Vaccination in Bombay 1913-1923 - 1913-1923
Year: 1913
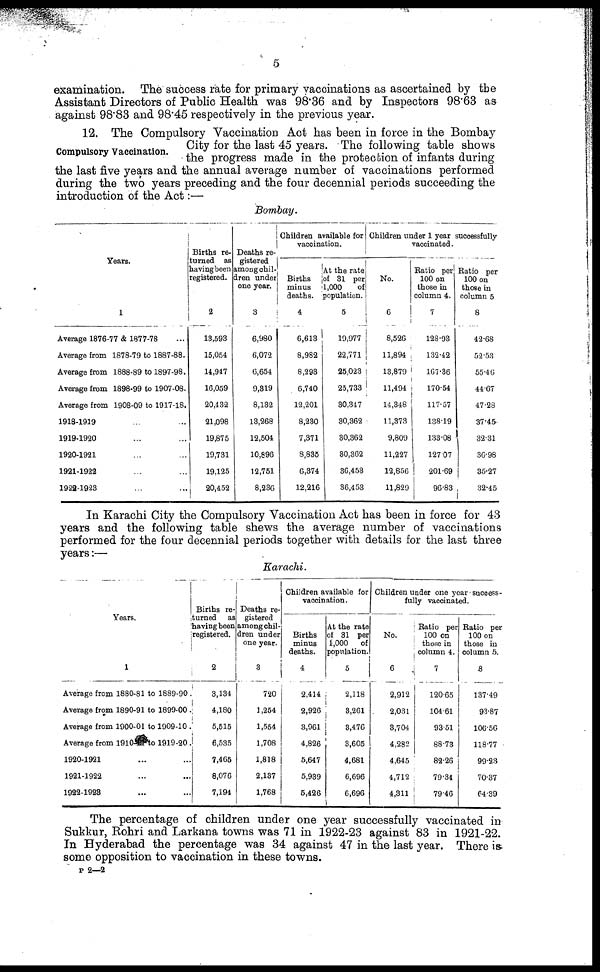
5
examination. The success rate for primary vaccinations as ascertained by the
Assistant Directors of Public Health was 98.36 and by Inspectors 98.63 as
against 98.83 and 98.45 respectively in the previous year.
Compulsory Vaccination.
12. The Compulsory Vaccination Act has been in force in the Bombay
City for the last 45 years. The following table shows
the progress made in the protection of infants during
the last five years and the annual average number of vaccinations performed
during the two years preceding and the four decennial periods succeeding the
introduction of the Act:—
Bombay.
Years.
1
Average 1876-77 & 1877-78 ...
Average from 1878-79 to 1887-88.
Average from 1888-89 to 1897-98.
Average from 1898-99 to 1907-08.
Average from 1908-09 to 1917-18.
1918-1919 ... ...
1919-1920 ... ...
1920-1921 ... ...
1921-1922 ... ...
1922-1923 ... ...
Births re-
turned as
having been
registered.
2
13,593
15,054
14,947
16,059
20,432
21,098
19,875
19,731
19,125
20,452
Deaths re-
gistered
among chil-
dren under
one year.
3
6,980
6,072
6,654
9,319
8,132
13,268
12,504
10,896
12,751
8,236
Children available for
vaccination.
Births
minus
deaths.
4
6,613
8,982
8,293
6,740
12,201
8,230
7,371
8,835
6,374
12,216
At the rate
of 31 per
1,000
of
population.
5
19,977
22,771
25,023
25,733
30,347
30,362
30,362
30,362
36,453
36,453
Children under 1 year successfully
vaccinated.
No.
6
8,526
11,894
13,879
11,494
14,348
11,373
9,809
11,227
12,856
11,829
Ratio per
100 on
those in
column 4.
7
128.93
132.42
167.36
170.54
117.57
138.19
133.08
127.07
201.69
96.83
Ratio per
100 on
those in
column 5
8
42.68
52.53
55.46
44.67
47.28
37.45
32.31
36.98
35.27
32.45
In Karachi City the Compulsory Vaccination Act has been in force for 43
years and the following table shews the average number of vaccinations
performed for the four decennial periods together with details for the last three
years:—
Karachi.
Years.
1
Average from 1880-81 to 1889-90 .
Average from 1890-91 to 1899-00 .
Average from 1900-01 to 1909-10 .
Average from 1910-11 to 1919-20.
1920-1921 ... ...
1921-1922 ... ...
1922-1928 ... ...
Births re-
turned
as
having been
registered.
2
3,134
4,180
5,515
6,535
7,465
8,076
7,194
Deaths re-
gistered
among chil-
dren under
one year.
3
720
1,254
1,554
1,708
1,818
2,137
1,768
Children available for
vaccination.
Births
minus
deaths.
4
2,414
2,926
3,961
4,826
5,647
5,939
5,426
At the rate
of 31 per
1,000
of
population.
5
2,118
3,261
3,476
3,605
4,681
6,696
6,696
Children under one year Success-
fully vaccinated.
No.
6
2,912
2,031
3,704
4,282
4,645
4,712
4,311
Ratio per
100 on
those in
column 4.
7
120.65
104.61
93.51
88.73
82.26
79.34
79.46
Ratio per
100 on
those in
column 5.
8
137.49
93.87
106.56
118.77
99.23
70.37
64.39
The percentage of children under one year successfully vaccinated in
Sukkur, Rohri and Larkana towns was 71 in 1922-23 against 83 in 1921-22.
In Hyderabad the percentage was 34 against 47 in the last year. There is
some opposition to vaccination in these towns.
P 2—2